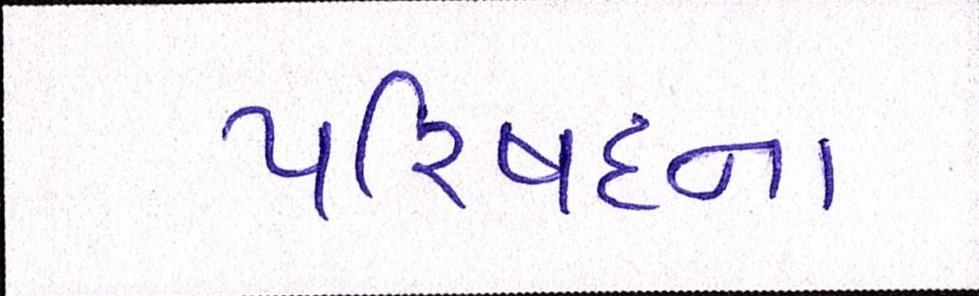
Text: પરિષદના